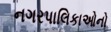
નગરપાલિકાઓનો